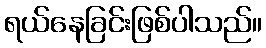
ရယ်နေခြင်းဖြစ်ပါသည်။